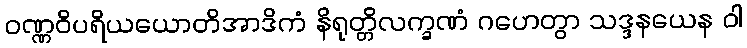
ဝဏ္ဏဝိပရိယယောတိအာဒိကံ နိရုတ္တိလက္ခဏံ ဂဟေတွာ သဒ္ဒနယေန ဝါ